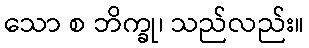
သော စ ဘိက္ခု၊ သည်လည်း။